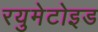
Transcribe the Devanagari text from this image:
रयुमेटोइड